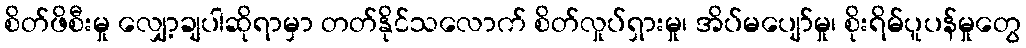
စိတ်ဖိစီးမှု လျှော့ချပါဆိုရာမှာ တတ်နိုင်သလောက် စိတ်လှုပ်ရှားမှု၊ အိပ်မပျော်မှု၊ စိုးရိမ်ပူပန်မှုတွေ